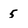
Character: 5